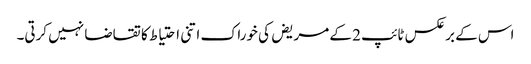
اس کے برعکس ٹائپ 2 کے مریض کی خوراک اتنی احتیاط کا تقاضا نہیں کرتی۔